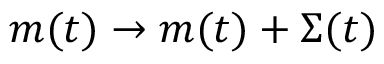
m ( t ) \rightarrow m ( t ) + \Sigma ( t )